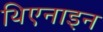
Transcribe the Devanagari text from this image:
थिएनाइन